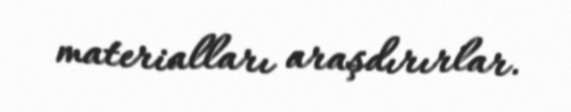
materialları araşdırırlar.